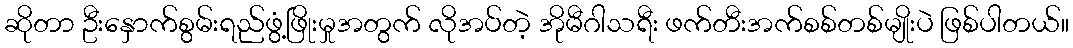
ဆိုတာ ဦးနှောက်စွမ်းရည်ဖွံ့ဖြိုးမှုအတွက် လိုအပ်တဲ့ အိုမီဂါသရီး ဖက်တီးအက်စစ်တစ်မျိုးပဲ ဖြစ်ပါတယ်။